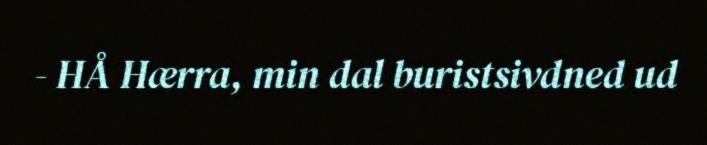
- HÅ Hærra, min dal buristsivdned ud